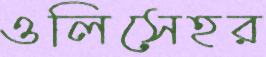
ওলিসেহর